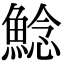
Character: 鯰